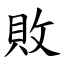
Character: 敗